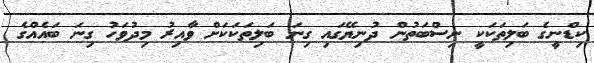
ކިޑްނީގެ ބަލިތަކަކީ ނިސްބަތުން ދުނިޔޭގައި ގިނަ ބަލިތަކަކަށް ވާއިރު މިދުވަހު ގިނަ ބައެއްގެ